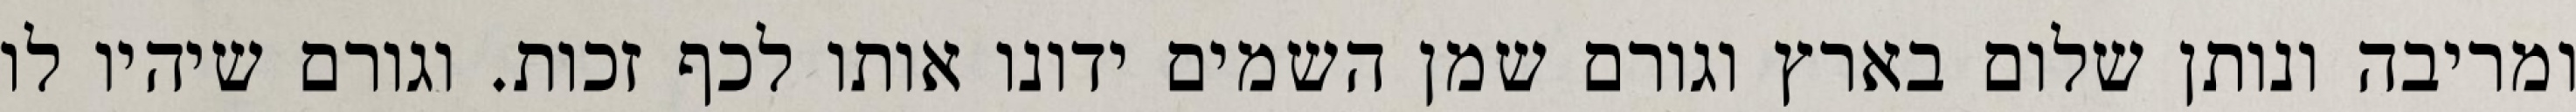
ומריבה ונותן שלום בארץ וגורם שמן השמים ידונו אותו לכף זכות. וגורם שיהיו לו